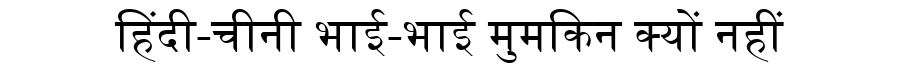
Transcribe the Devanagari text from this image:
हिंदी-चीनी भाई-भाई मुमकिन क्यों नहीं